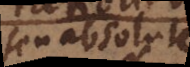
si absolute